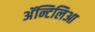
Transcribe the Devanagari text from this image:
अॅन्टिलिआ